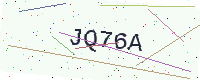
Text: JQ76A